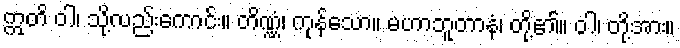
ဣတိ ဝါ၊ သို့လည်းကောင်း။ တိဏ္ဏံ၊ ကုန်သော။ မဟာဘူတာနံ၊ တို့၏။ ဝါ၊ တို့အား။